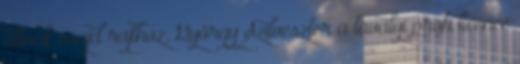
állnak majd rajthoz. György Szilveszter a tavalyi profi licence